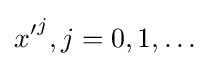
{x'}^{j},j=0,1,\dots